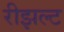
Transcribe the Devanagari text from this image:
रीझल्ट